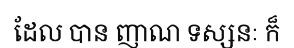
ដែល បាន ញាណ ទស្សនៈ ក៏